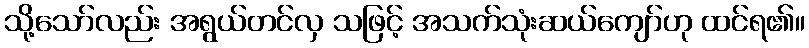
သို့သော်လည်း အရွယ်တင်လှ သဖြင့် အသက်သုံးဆယ်ကျော်ဟု ထင်ရ၏။